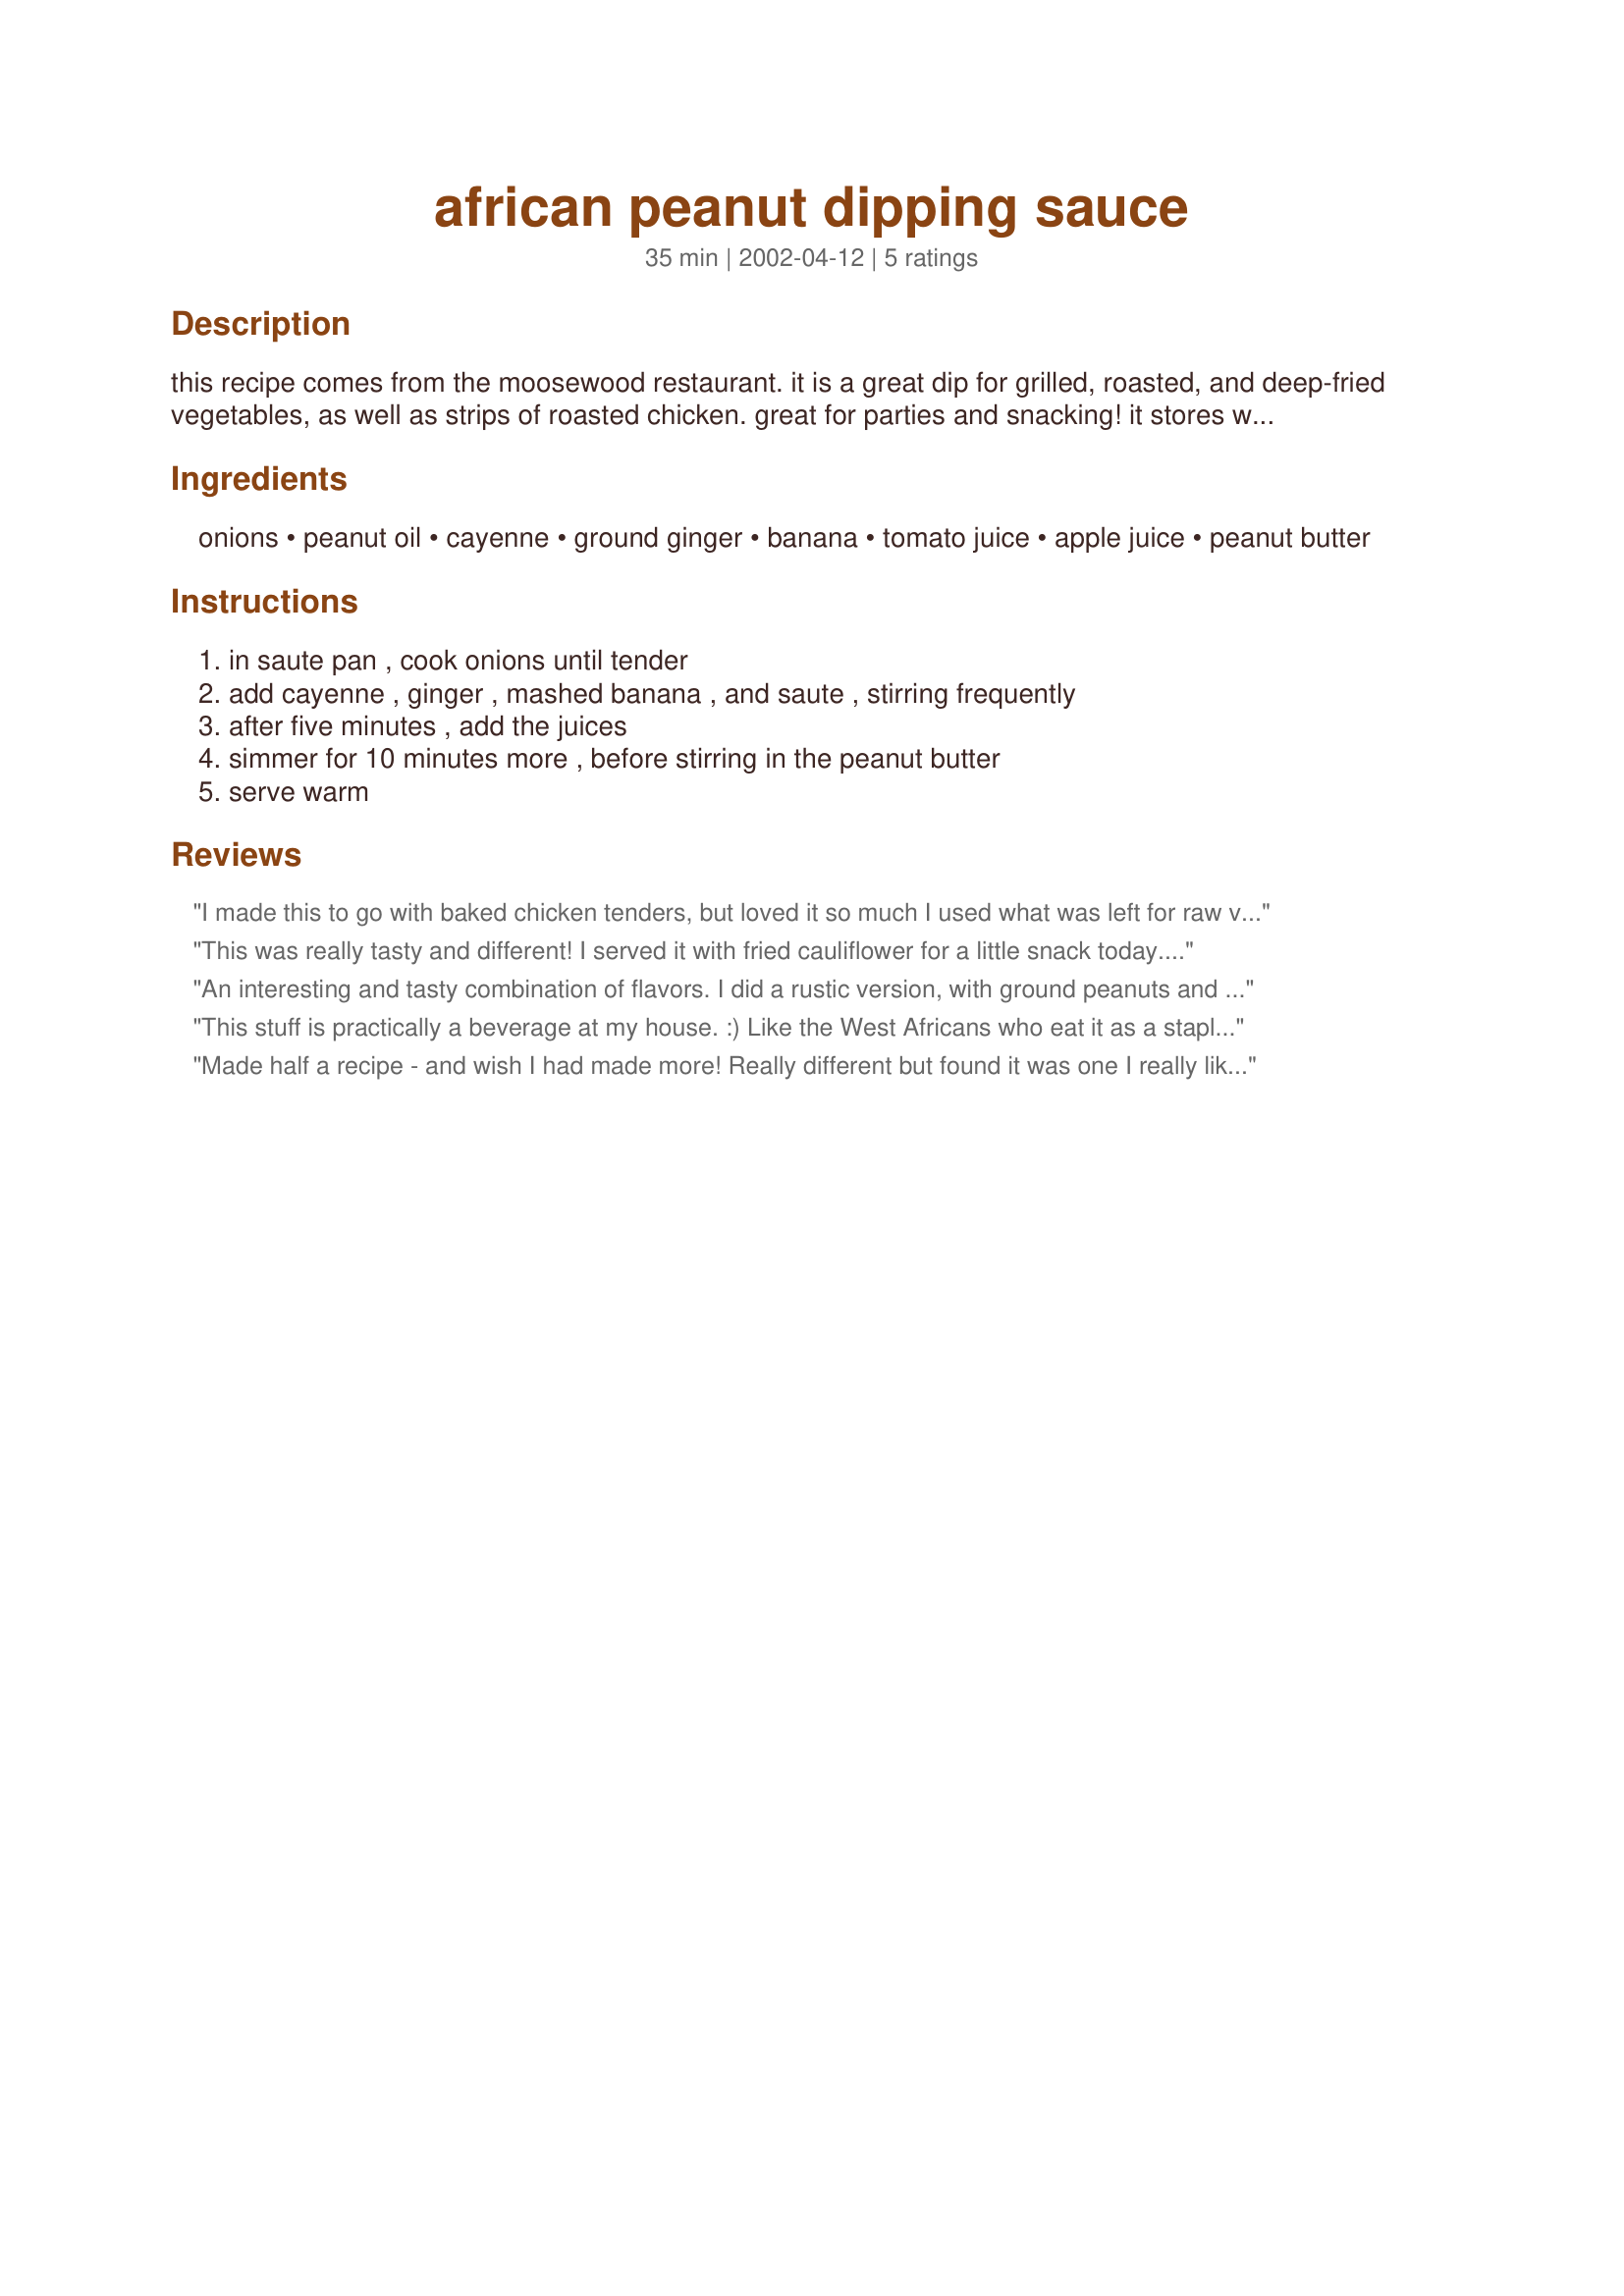
african peanut dipping sauce
Preparation time: 35 minutes

this recipe comes from the moosewood restaurant. it is a great dip for grilled, roasted, and deep-fried vegetables, as well as strips of roasted chicken. great for parties and snacking! it stores well, up to 2-3 weeks in the fridge, just reheat and serve!

Ingredients:
onions, peanut oil, cayenne, ground ginger, banana, tomato juice, apple juice, peanut butter

Steps:
in saute pan , cook onions until tender, add cayenne , ginger , mashed banana , and saute , stirring frequently, after five minutes , add the juices, simmer for 10 minutes more , before stirring in the peanut butter, serve warm

Reviews:
I made this to go with baked chicken tenders, but loved it so much I used what was left for raw veggies. My DH didn't like it, but I didn't care...more for ME! Next time I will cut the recipe in half because this makes alot of sauce. Another gret SueL recipe!!!
This was really tasty and different! I served it with fried cauliflower for a little snack today. We enjoyed it very much. Made for ZWT4 for the Tastebud Tickling Travellers.
An interesting and tasty combination of flavors. I did a rustic version, with ground peanuts and finely chopped apples and tomatoes rather than juice. I also used sweet onion. We scooped it up on crackers. The kids really enjoyed this until they knew what it was, then they looked pretty doubtful but still couldn't stop eating.
This stuff is practically a beverage at my house. :) Like the West Africans who eat it as a staple, I love it over cooked millet, with or without veggies, fruit, chickpeas or a fried egg on top. It doesn't keep all well, though, so I tend to freeze half of each batch. it freezes fine.
Made half a recipe - and wish I had made more! Really different but found it was one I really liked - it went well with chicken. Did add the optional cayenne which gave it zing. Delicious as I knew a Moosewood recipe would be.
